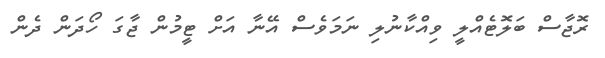
ރޮޖާސް ބަލޮޓެއްލީ ވިއްކާނުލި ނަމަވެސް އޭނާ އަށް ޓީމުން ޖާގަ ހޯދަން ދެން